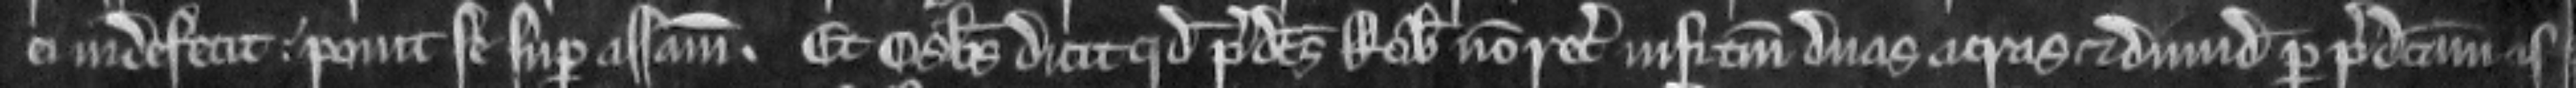
ei inde fecit. ponit se super assisam. Et Osbertus dicit quod predictus Robertus non recuperavit nisi tantum duas acras et dimidiam per predictam as